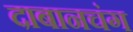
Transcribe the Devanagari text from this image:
दाबानचंग